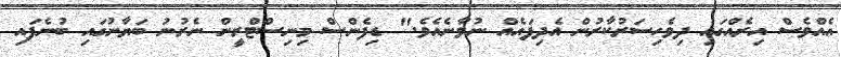
އެއްވެސް އިރެއްގައި ދިވެހިސަރުކާރުން އެދިފައެއް ނުވާނެއެވެ." ޑިފެންސް މިނިސްޓްރީން ނެރުނު ބަޔާނުގައި ބުނެފައި